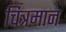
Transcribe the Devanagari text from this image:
चित्रमान